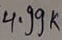
Text: 4.99K